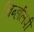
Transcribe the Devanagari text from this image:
चिन्हलिपी